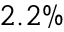
2 . 2 \%